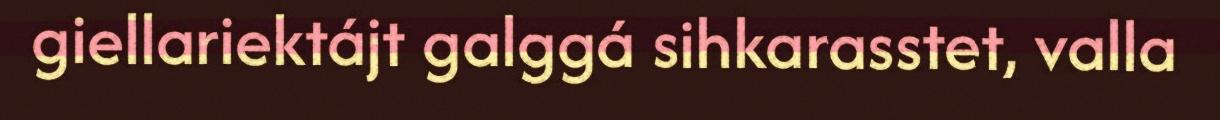
giellariektájt galggá sihkarasstet, valla